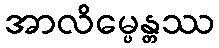
အာလိမ္ပေန္တဿ